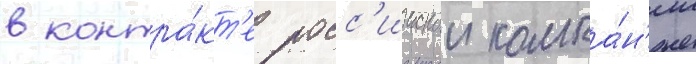
в контра́кт'е росс'иискои компа́н'ии